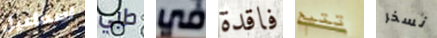
اسماعيل طبي في فاقدة تتيح نسخر